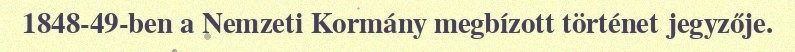
1848-49-ben a Nemzeti Kormány megbízott történet jegyzője.